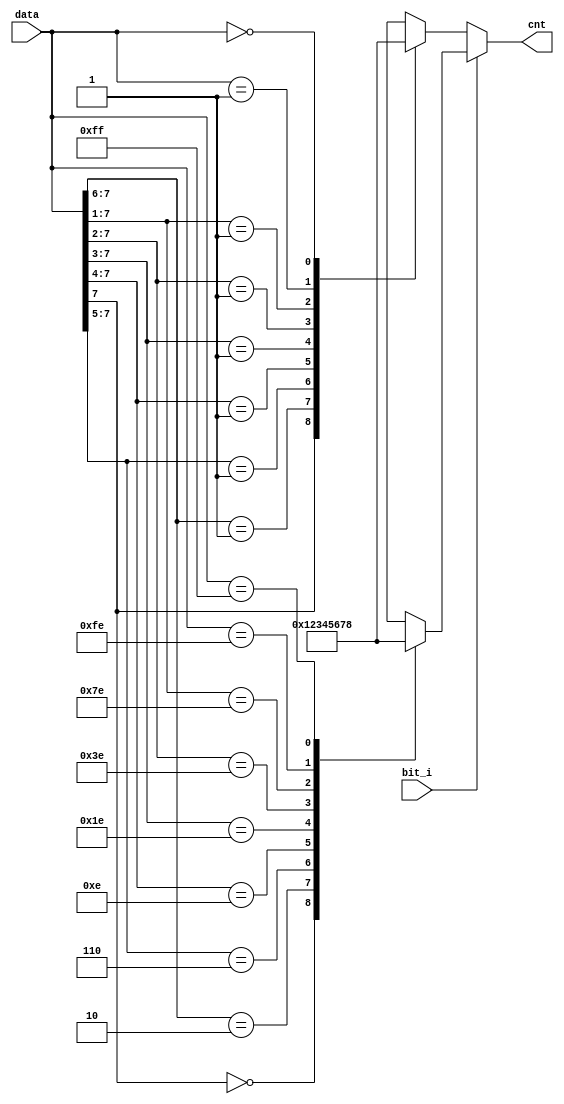
module count_bit_byte(/*autoport*/
//output
           cnt,
//input
           data,
           bit_i);
input wire[7:0] data;
input wire bit_i;
output reg[3:0] cnt;
always @(*) begin
    if(bit_i) begin
        casez(data)                                
            8'b0???????: cnt<=4'd0;             
            8'b10??????: cnt<=4'd1;  
            8'b110?????: cnt<=4'd2;  
            8'b1110????: cnt<=4'd3;  
            8'b11110???: cnt<=4'd4;  
            8'b111110??: cnt<=4'd5;  
            8'b1111110?: cnt<=4'd6;  
            8'b11111110: cnt<=4'd7;
            8'b11111111: cnt<=4'd8;
        endcase
    end else begin
        casez(data)                                
            8'b1???????: cnt<=4'd0;             
            8'b01??????: cnt<=4'd1;  
            8'b001?????: cnt<=4'd2;  
            8'b0001????: cnt<=4'd3;  
            8'b00001???: cnt<=4'd4;  
            8'b000001??: cnt<=4'd5;  
            8'b0000001?: cnt<=4'd6;  
            8'b00000001: cnt<=4'd7;
            8'b00000000: cnt<=4'd8;
        endcase
    end
end
endmodule